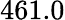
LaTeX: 461.0